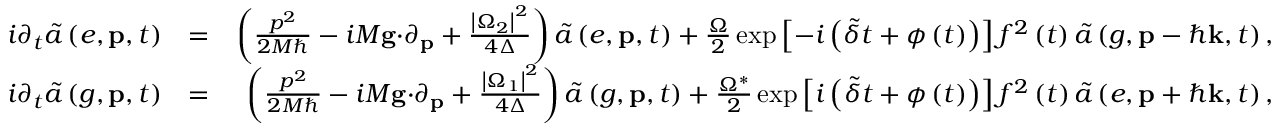
\begin{array} { r l r } { i \partial _ { t } \tilde { a } \left( e , \mathbf { p } , t \right) } & { = } & { \left( \frac { p ^ { 2 } } { 2 M \hbar } - i M \mathbf { g \cdot } \partial _ { \mathbf { p } } + \frac { \left\vert \Omega _ { 2 } \right\vert ^ { 2 } } { 4 \Delta } \right) \tilde { a } \left( e , \mathbf { p } , t \right) + \frac { \Omega } { 2 } \exp \left[ - i \left( \tilde { \delta } t + \phi \left( t \right) \right) \right] f ^ { 2 } \left( t \right) \tilde { a } \left( g , \mathbf { p } - \hbar \mathbf { k } , t \right) , } \\ { i \partial _ { t } \tilde { a } \left( g , \mathbf { p } , t \right) } & { = } & { \left( \frac { p ^ { 2 } } { 2 M \hbar } - i M \mathbf { g \cdot } \partial _ { \mathbf { p } } + \frac { \left\vert \Omega _ { 1 } \right\vert ^ { 2 } } { 4 \Delta } \right) \tilde { a } \left( g , \mathbf { p } , t \right) + \frac { \Omega ^ { \ast } } { 2 } \exp \left[ i \left( \tilde { \delta } t + \phi \left( t \right) \right) \right] f ^ { 2 } \left( t \right) \tilde { a } \left( e , \mathbf { p } + \hbar \mathbf { k } , t \right) , } \end{array}